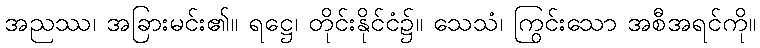
အညဿ၊ အခြားမင်း၏။ ရဋ္ဌေ၊ တိုင်းနိုင်ငံ၌။ သေသံ၊ ကြွင်းသော အစီအရင်ကို။